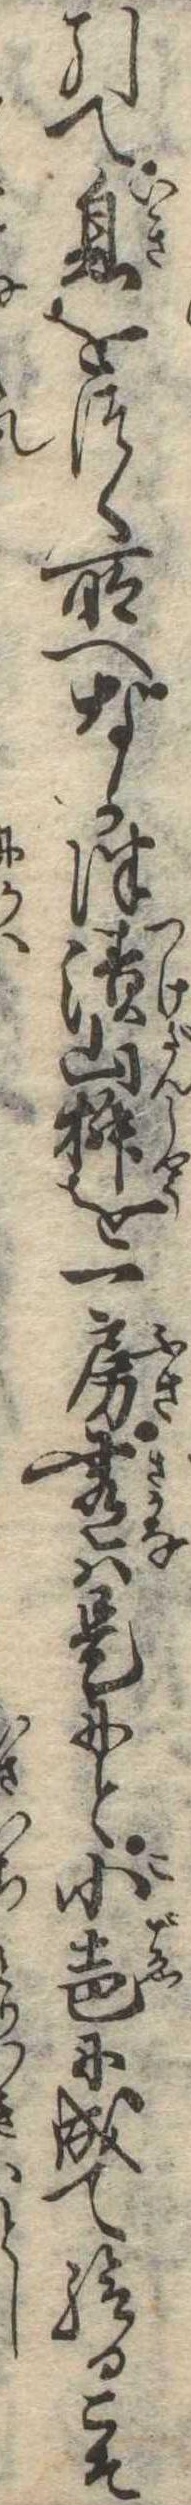
引て息をつく所へなか津漬山椒を一房肴は是にと小声に成て給るこそ